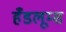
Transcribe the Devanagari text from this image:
हँडलूम्स